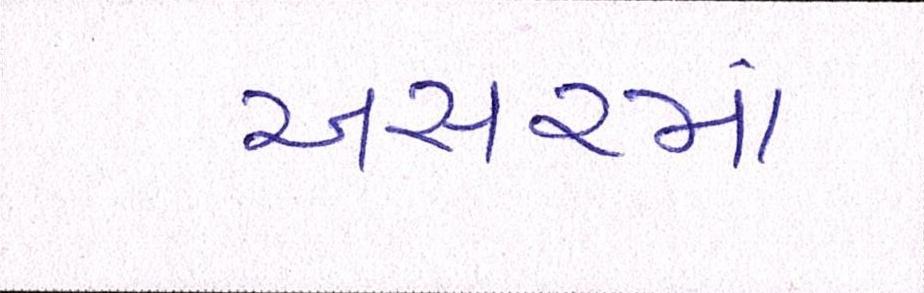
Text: અસરમાં